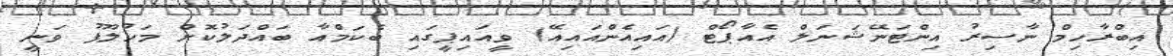
އިބްރާހިމް ނާސިރު އިންޓަނޭޝަނަލް އެއާޕޯޓް (އައިއެންއައިއޭ) ވީއައިޕީގައި ބެކަމްއާ ބައްދަލުކޮށް މަހުލޫފު ވަނީ